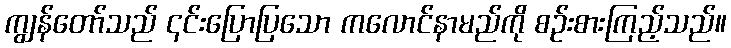
ကျွန်တော်သည် ၎င်းပြောပြသော ကလောင်နာမည်ကို စဉ်းစားကြည့်သည်။